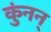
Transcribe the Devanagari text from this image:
कुंनन्